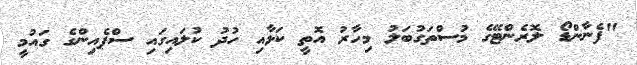
"ފެނާންޑޯ ލޮރެންޓޭގެ މުސްތަގުބަލު މިހާރު އޮތީ ކަޅާއި ހުދު ކުލައިގައި ސްޕެއިންގެ ގައުމީ